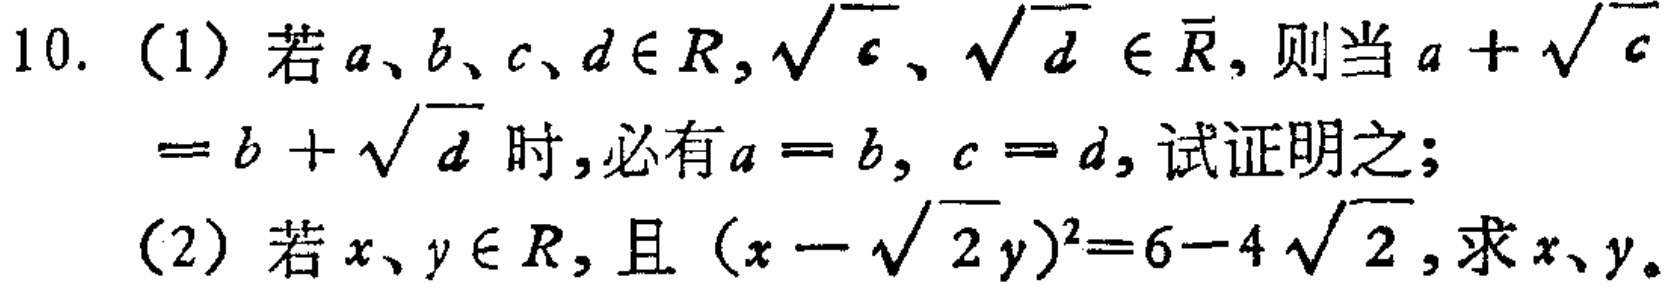
10. (1) 若\(a、b、c、d\in R,\sqrt{c}、\sqrt{d} \in \overline{R}\)，则当\(a + \sqrt{c}=b + \sqrt{d}\)时，必有\(a = b\)，\(c = d\)，试证明之；
(2) 若\(x、y\in R\)，且\((x - \sqrt{2}y)^{2}=6 - 4\sqrt{2}\)，求\(x、y\)。